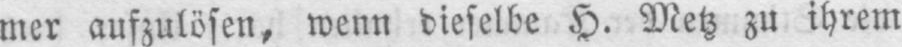
mer aufzulösen, wenn dieselbe H. Metz zu ihrem